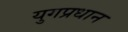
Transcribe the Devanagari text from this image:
युगप्रधान